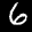
Label: 6